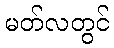
မတ်လတွင်